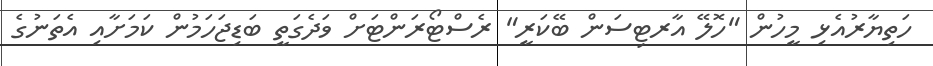
ހަތިޔާރުއެޅި މީހުން "ހޮލޭ އާރޓިސަން ބޭކަރީ" ރެސްޓޯރަންޓަށް ވަދެގަތީ ބަޑިޖަހަމުން ކަމަށާއި އެތަނުގެ